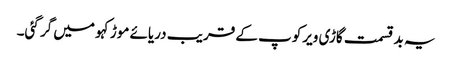
یہ بد قسمت گاڑی ویرکوپ کے قریب دریائے موڑکہو میں گر گئی۔